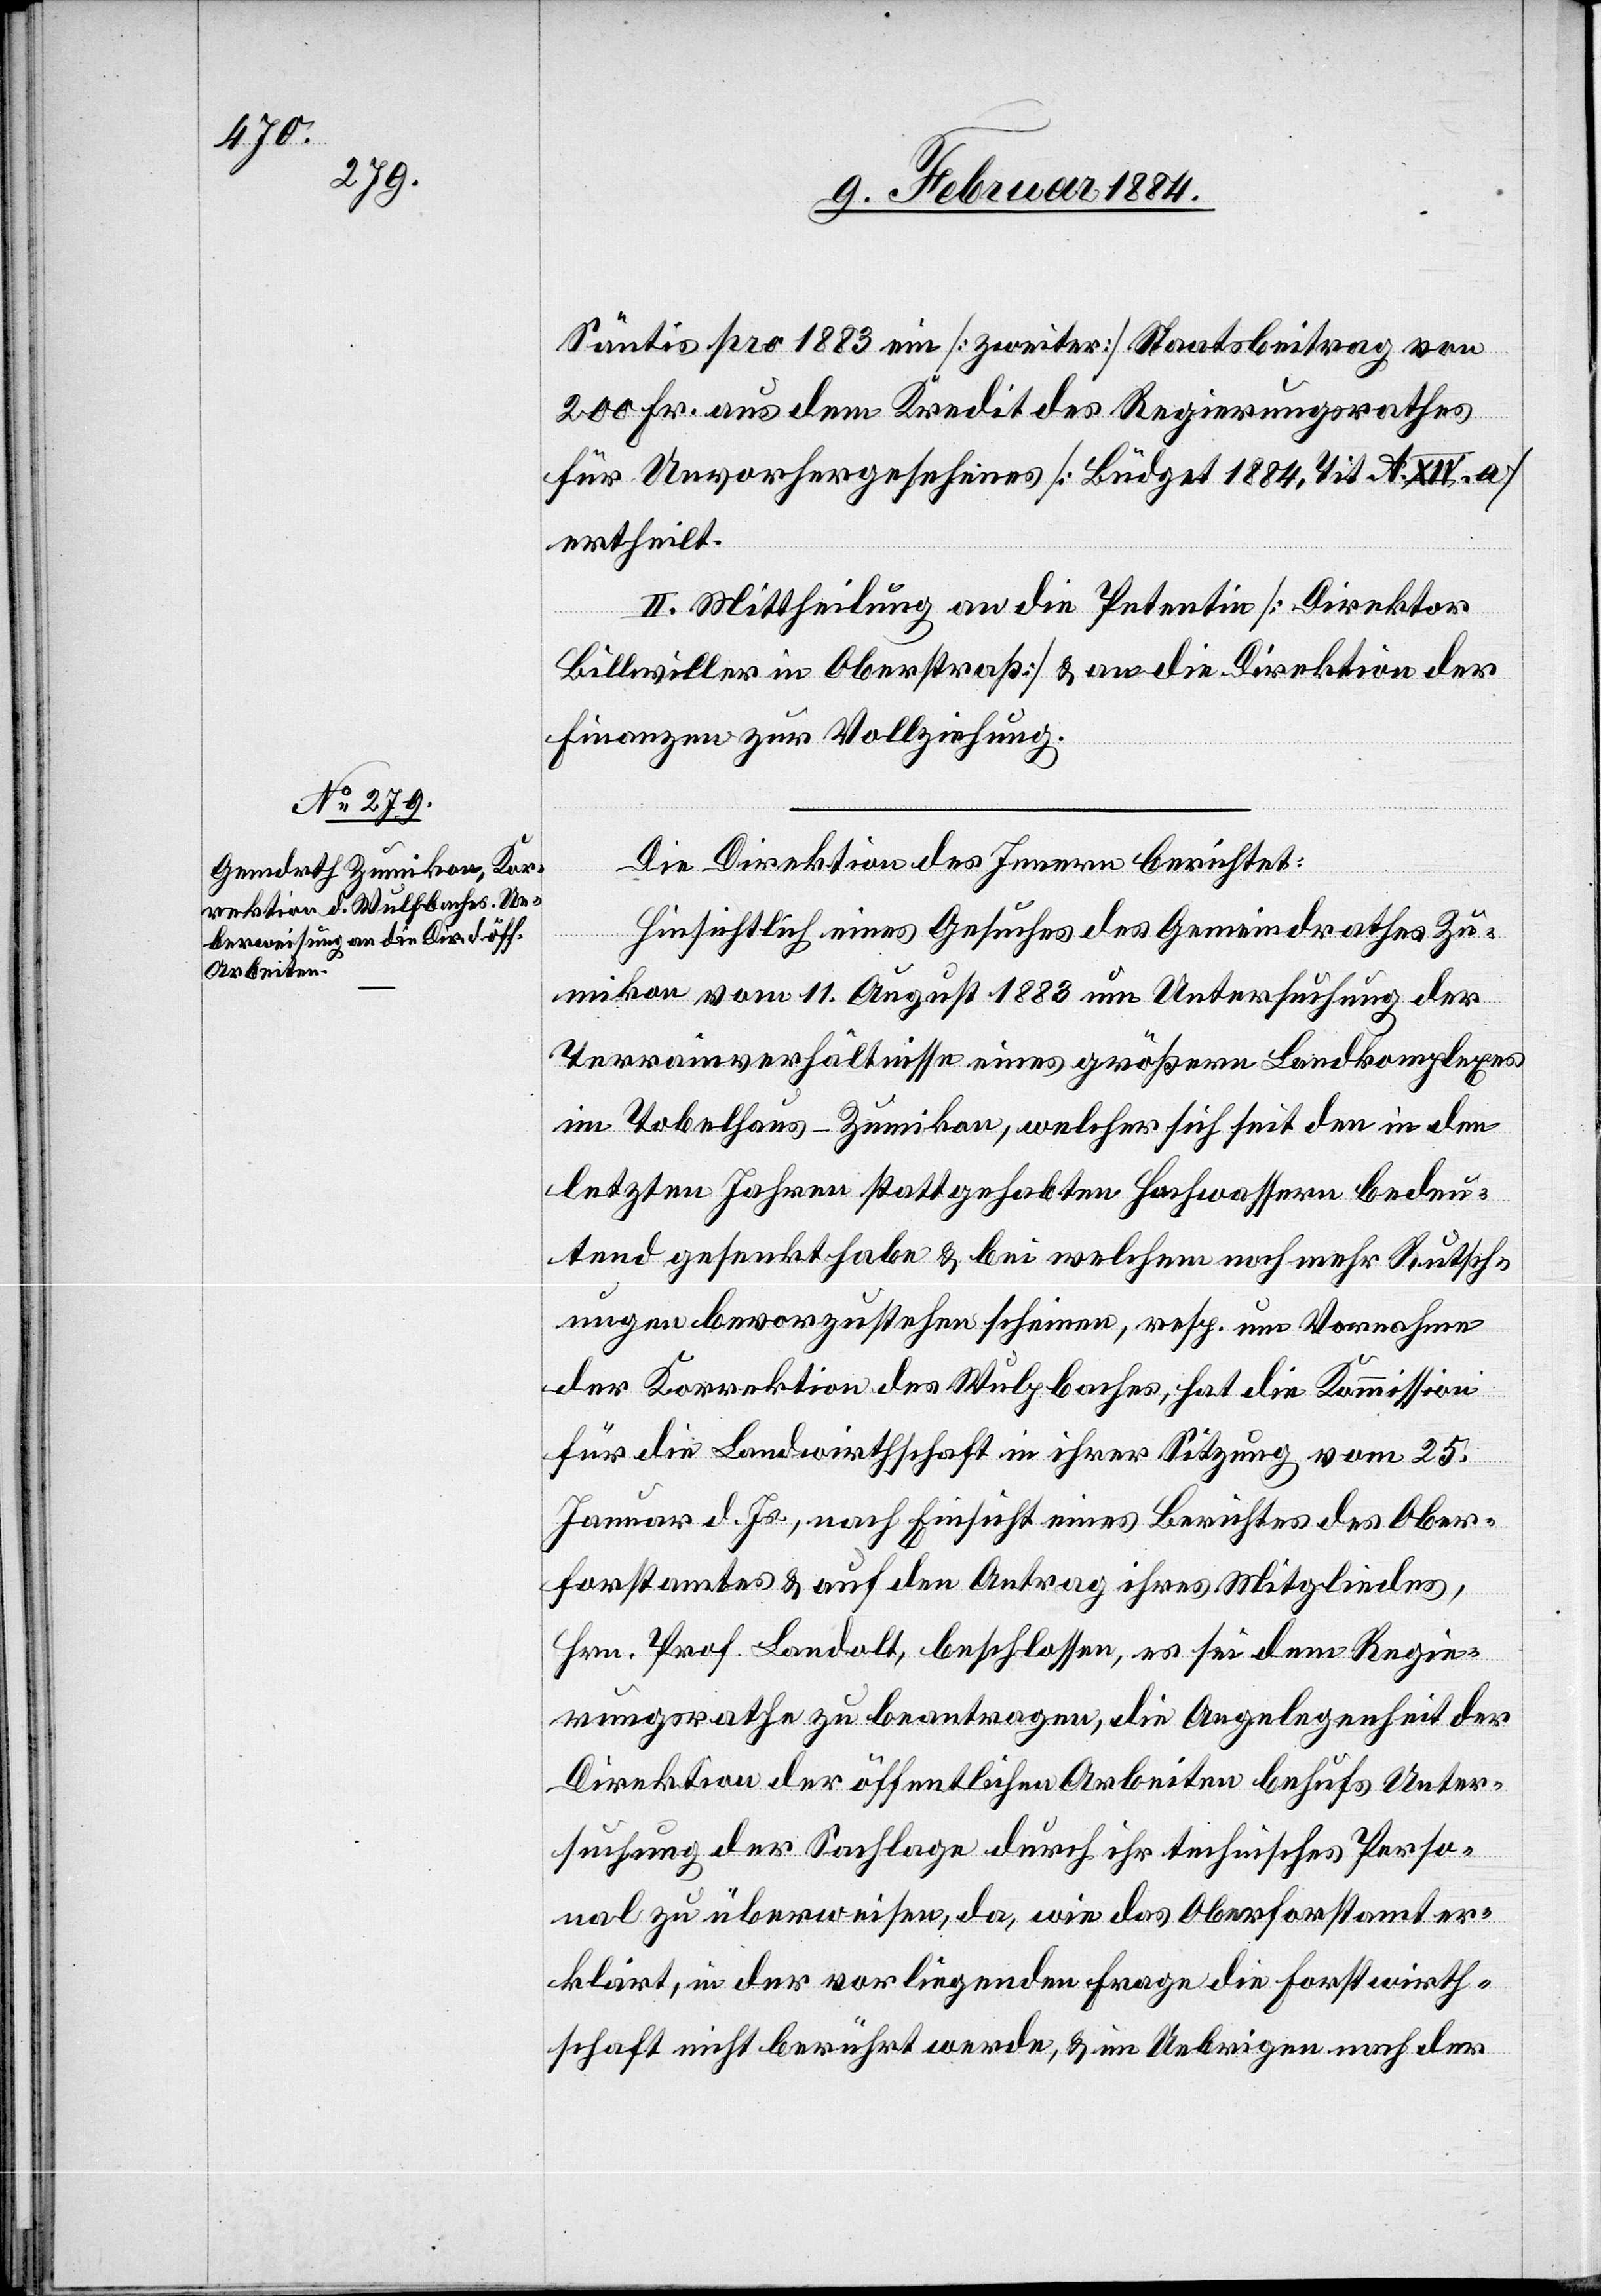
Säntis pro 1883 ein [zweiter] Staatsbeitrag von
200 Fr. aus dem Kredit des Regierungsrathes
für Unvorhergesehenes [Büdget 1884, Tit. A. XIV. a]
ertheilt.
II. Mittheilung an die Petentin [Direktion
Billwiller in Oberstraß] & an die Direktion der
Finanzen zur Vollziehung.
Die Direktion des Innern berichtet:
Hinsichtlich eines Gesuches des Gemeindrathes Zu¬
mikon vom 11. August 1883 um Untersuchung der
Terrainverhältnisse eines größern Landkomplexes
im Tobelhaus - Zumikon, welcher sich seit den in den
letzten Jahren stattgehabten Hochwassern bedeu¬
tend gesenkt habe & bei welchem noch mehr Rutsch¬
ungen bevorzustehen scheinen, resp. um Vornahme
der Korrektion des Wulpbaches [sic!], hat die Kommission
für die Landwirthschaft in ihrer Sitzung vom 25.
Januar d. Js., nach Einsicht eines Berichtes des Ober¬
forstamtes & auf den Antrag ihres Mitgliedes,
Hrn. Prof. Landolt, beschlossen, es sei dem Regie¬
rungsrathe zu beantragen, die Angelegenheit der
Direktion der öffentlichen Arbeiten behufs Unter¬
suchung der Sachlage durch ihr technisches Perso¬
nal zu überweisen, da, wie das Oberforstamt er¬
klärt, in der vorliegenden Frage die Forstwirt¬
schaft nicht berührt werde, & im Uebrigen nach der